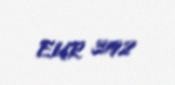
EUR 3192